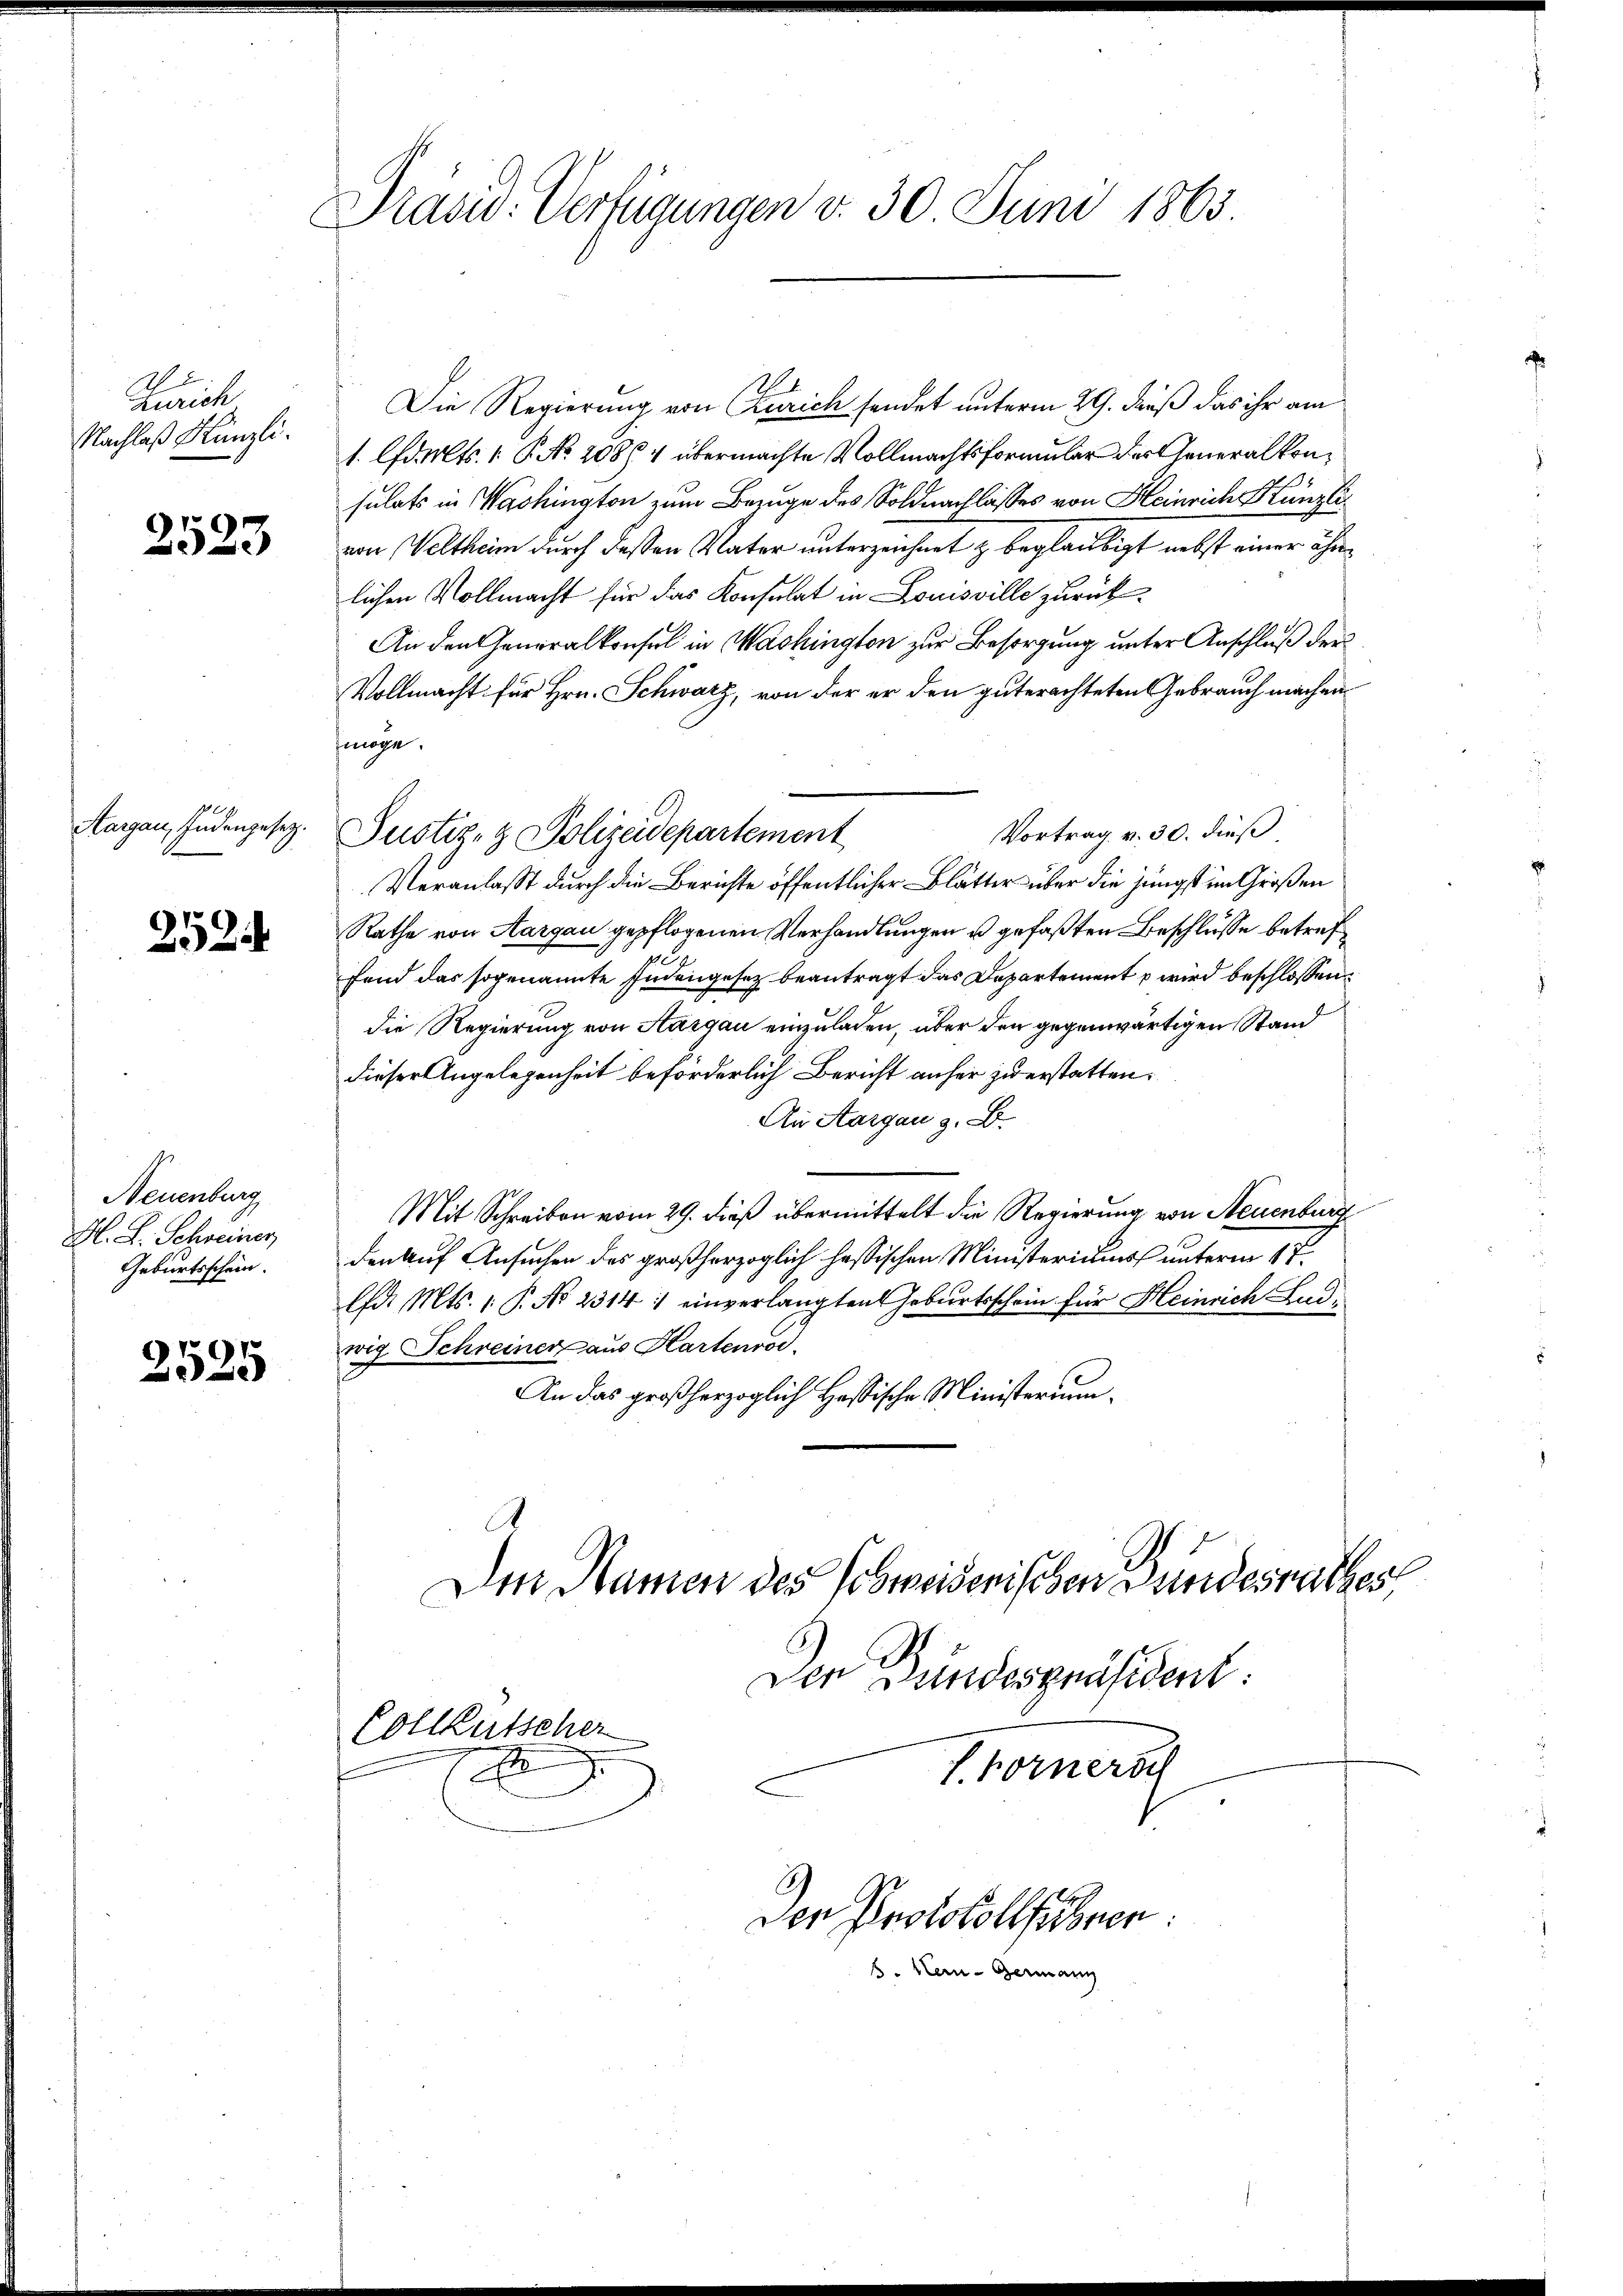
Zürich
Nachlaß Künzli.

2523

Aargau, Judengesetz.

252

Neuenburg
H. F. Schweiner
Geburtsschein.

2525

Präsid. Verfügungen v. 30 Juni 1863.

Die Regierung von Kurich sendet unterm 29. daß das ihr am
1. lfd. Mts. 1 P. No. 20864 übermachte Vollmachtsformular der Generalkonsulats in Washington zum Bezuge des Soldnachlasses von Heinrich Künzli
von Veltheim durch deßen Vater unterzeichnet & beglaubigt nebst einer ähnlichen Vollmacht für das Konsulat in Louisville zurück¬
An den Generalkonsul in Washington zur Besorgung unter Anschluß der
Vollmacht für Hrn. Schwarz, von der er den guterachteten Gebrauch machen
möge.
Vortrag v. 30. dieß
Veranlasst durch die Berichte öffentlicher Blätter über die jüngst im Großen
Rathe von Aargau gepflogenen Verhandlungen u gefaßten Beschlusse betref
fend das sogenannte Judengesetz beantragt das Departement p wird beschlossen:
die Regierung von Aargau einzuladen, über den gegenwärtigen Stand
dieser Angelegenheit beforderlich Bericht anher zu erstatten.
An Aargau z. B.
Mit Schreiben vom 29. dieß übermittelt die Regierung von Neuenburg
den auf Ansuchen des großherzoglich hassischen Ministeriums unterm 17.
Ed. Mts. 1. P. No 2314 1 einverlangten Geburtsschein für Heinrich Ludiwig Schreiner aus Hartenrod.
An das großherzoglich Hassische Ministerium.
Den Namen des Schweiserischen Bundesrathes

Justiz- & Polizeidepartement

Vollkutscher
.

Den Bundespräsident.
s. Fornersch

Den Protokollstonen.
6. Man